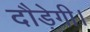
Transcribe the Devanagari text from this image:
दौड़ेगी।